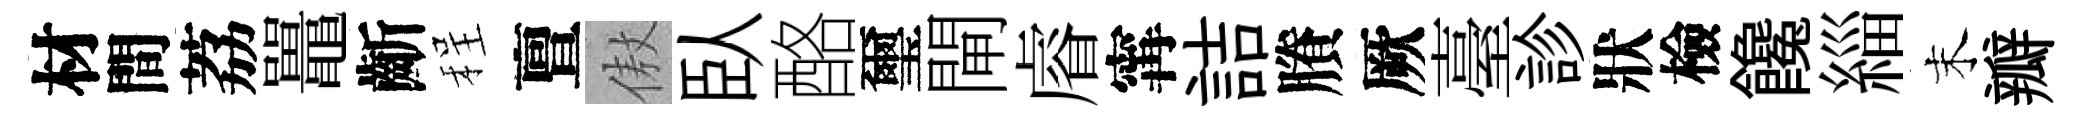
材間荔鼉齗程亶傲臥酪璽閘𥈠𡩋詰賸厥臺診狀檢饞緇末瓣